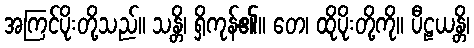
အကြင်ပိုးတို့သည်။ သန္တိ၊ ရှိကုန်၏။ တေ၊ ထိုပိုးတို့ကို။ ပီဠယန္တိ၊